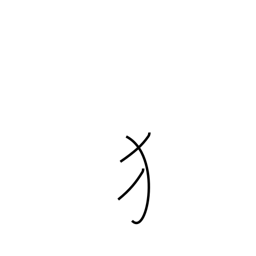
Meaning: dog radical (no. 94)